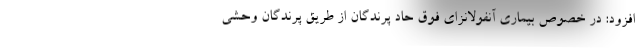
افزود: در خصوص بیماری آنفولانزای فوق حاد پرندگان از طریق پرندگان وحشی